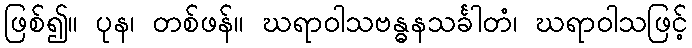
ဖြစ်၍။ ပုန၊ တစ်ဖန်။ ဃရာဝါသဗန္ဓနသင်္ခါတံ၊ ဃရာဝါသဖြင့်